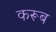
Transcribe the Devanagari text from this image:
करूब